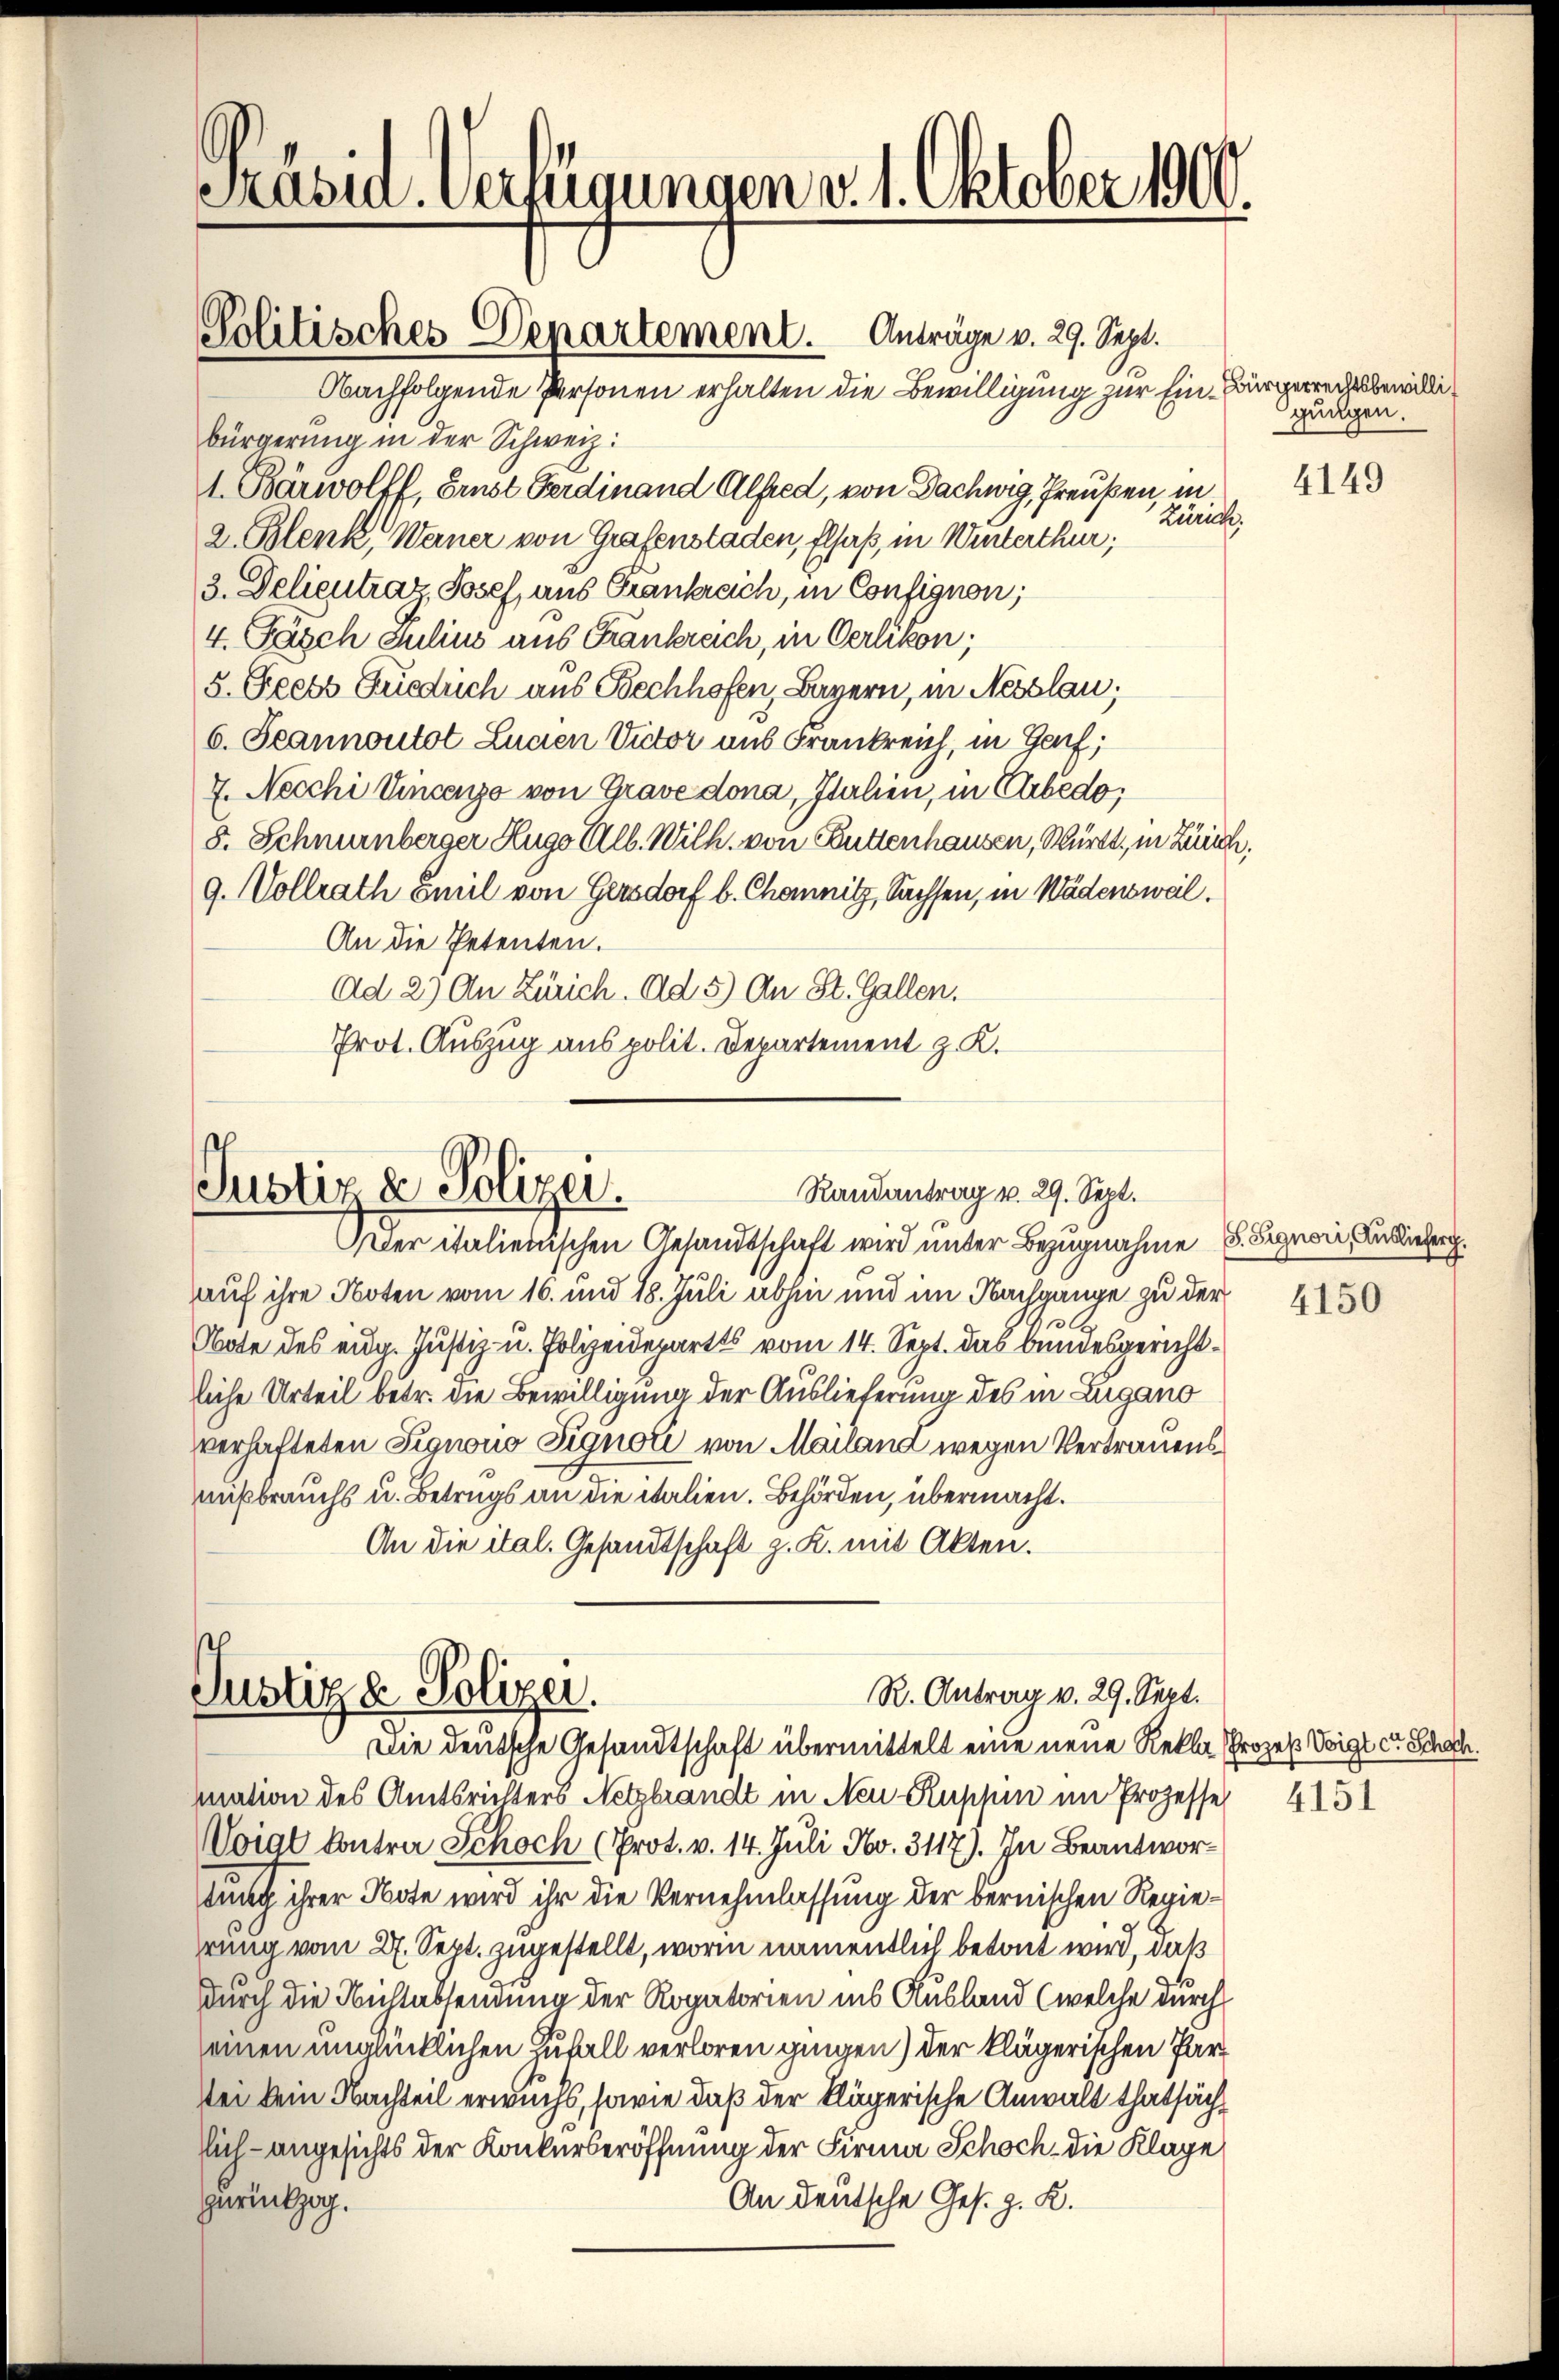
Präsid. Verfügungen v. 1. Oktober 1900.
Politisches Departement. Anträge v. 29. Sept.

Obachfolgende Personen erhalten die Bewilligung zur Ein Bürgerrechtsbewilli¬
Bürgerung in der Schweiz:
1. Bärwolff, Ernst Ferdinand Alfred, von Dachwig, Preußen, in
Zürich.
2. Blenk, Weiner von Grafenstaden, Elsaß, in Winterthur;
3. Delieutrag, Josef, aus Frankreich, in Confignon;
4. Pasch Julius aus Frankreich, in Oerlikon;
5. Peets Greduch aus Bechhofen, Bayern, in Nesslau,
6. Jeannoutot Lucen Victor aus Frankreich, in Genf;
7. Necchi Vincenzo von Grave dona, Italien, in Cabedo,
8. Schnenberger Hugo Alb. Wilh. von Buttenhausen, Württ, in Zürich,
9. Vollrath omil von Gersdorf b. Chemnitz, Sachsen, in Wädensweil.
An die Petenten.
Ad 2.) An Zürich. Ad 5) An St. Gallen.
Prot. Auszug aus polit. Departement z. K.

Randantrag v. 29. Sept.
Justiz & Polizei.
Der italienischen Gesandtschaft wird unter Bezugnahme S. Seroni in dieser

auf ihre Noten vom 16. und 18. Juli abhin und im Nachgange zu der
Obote des eidg. Justiz- u. Polizeidepartes vom 14. Sept. das bundesgerichtliche Urteil betr. die Bewilligung der Auslieferung des in Zugano
verhafteten Signono Signoli von Mailana wegen Vertrauens
mißbrauchs u. Betrugs an die italien. Behörden, übermacht.
An die ital. Gesandtschaft z. K. mit Akten.

R. Antrag v. 29. Sept.
Justiz & Polizei.
Die deutsche Gesandtschaft übermittelt eine neue Rekla Prozeß Voigt er Schade.

mation des Amtsrichters Netzbrandt in Neu Ruppin im Prozesse 415
Voigl Contra Schoch (Prot. v. 14. Juli No. 3117). In Beantwordung ihrer Note wird ihr die Vernehmlassung der bernischen Regierung vom 27. Sept. zugestellt, worin namentlich betont wird, daß
durch die Nichtabsendung der Rogatorien ins Ausland (welche durch
einen unglücklichen Zufall verloren gingen) der klägerischen Parter kein Nachteil erwuchs, sowie daß der klägerische Anwalt thatsächhulangesichts der Konkurseröffnung der Firma Schoch die Klage
zurückzog.
An deutsche Ges. z. R.

gungen.

4149

4150